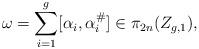
LaTeX: \begin{align*} \omega = \sum_{i=1}^g [\alpha_i, \alpha^\#_i] \in \pi_{2n}(Z_{g,1}),\end{align*}